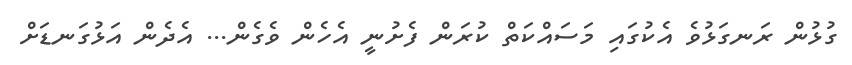
ގުޅުން ރަނގަޅުވެ އެކުގައި މަސައްކަތް ކުރަން ފެށުނީ އެހެން ވެގެން... އެދެން އަޅުގަނޑަށް